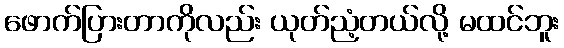
ဖောက်ပြားတာကိုလည်း ယုတ်ညံ့တယ်လို့ မထင်ဘူး